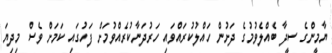
ޔާމީންގެ ސީދާ ބެއްލެވުމުގެ ދަށުން ހައްލުކުރައްވައި ހަރުދަނާކުރެއްވުމަށް ފަހުގައި ކަމަށް ވެސް މިދިޔަ